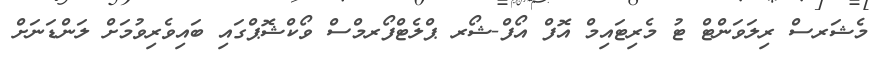
މެޝަރސް ރިލަވަންޓް ޓު މެރިޓައިމް އޮފް އޯފް-ޝޯރ ޕްލެޓްފޯރމްސް ވޯކްޝޮޕްގައި ބައިވެރިވުމަށް ލަންޑަނަށް